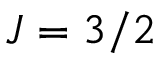
J = 3 / 2